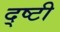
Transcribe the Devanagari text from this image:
द्ष्टी